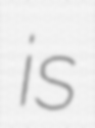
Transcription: is